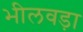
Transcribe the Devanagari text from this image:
भीलवड़ा